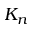
K _ { n }